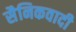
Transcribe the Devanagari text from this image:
सैनिकवादी